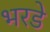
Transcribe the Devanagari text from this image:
भरडे